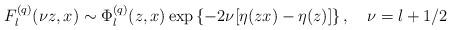
LaTeX: \begin{align*}F_l^{(q)}(\nu z,x)\sim \Phi _l^{(q)}(z,x)\exp \left\{ -2\nu [\eta (zx)-\eta (z)]\right\} , \quad \nu =l+1/2\end{align*}